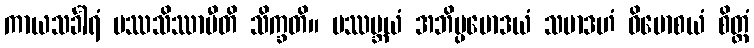
ကာယသင်္ခါရံ ပဿသိဿာမီတိ သိက္ခတိ။ ပဿမ္ဘယံ အဘိပ္ပမောဒယံ သမာဒဟံ ဝိမောစယံ စိတ္တံ